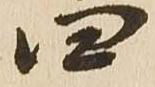
四